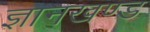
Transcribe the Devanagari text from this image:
ज्ञानखण्ड